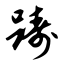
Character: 踌